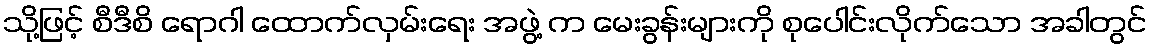
သို့ဖြင့် စီဒီစိ ရောဂါ ထောက်လှမ်းရေး အဖွဲ့ က မေးခွန်းများကို စုပေါင်းလိုက်သော အခါတွင်